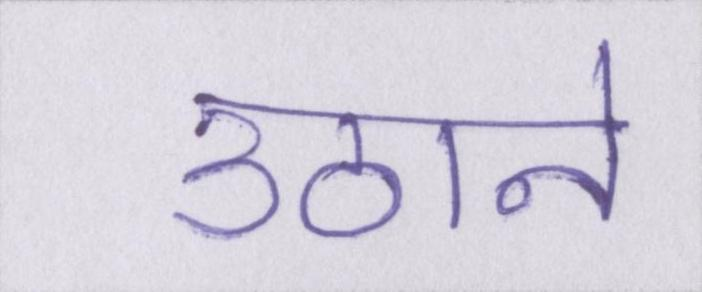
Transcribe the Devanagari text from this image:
उठाने